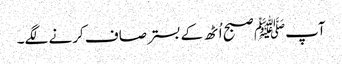
آپﷺ صبح اُٹھ کے بستر صاف کرنے لگے۔